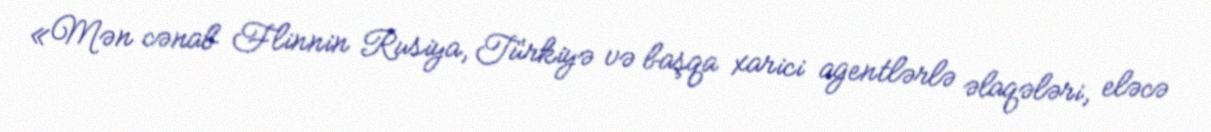
«Mən cənab Flinnin Rusiya, Türkiyə və başqa xarici agentlərlə əlaqələri, eləcə